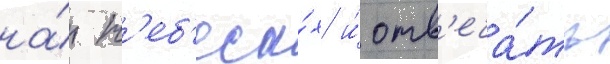
на́ н'еб'еса́х и́ отв'еча́ть